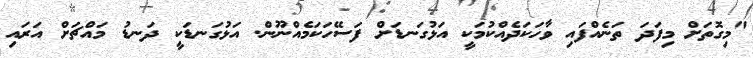
"މިގޮތަށް މިފަދަ ތަނެއްފައި ވާހަކަދެއްކުމަކީ އަޅުގަނޑަށް ފަސޭހަކަމެއްނޫން. އަޅުގަނޑަކީ ދަނޑު މައްޗަށް އަރައި